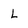
Character: L